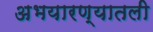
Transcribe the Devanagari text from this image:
अभयारण्यातली